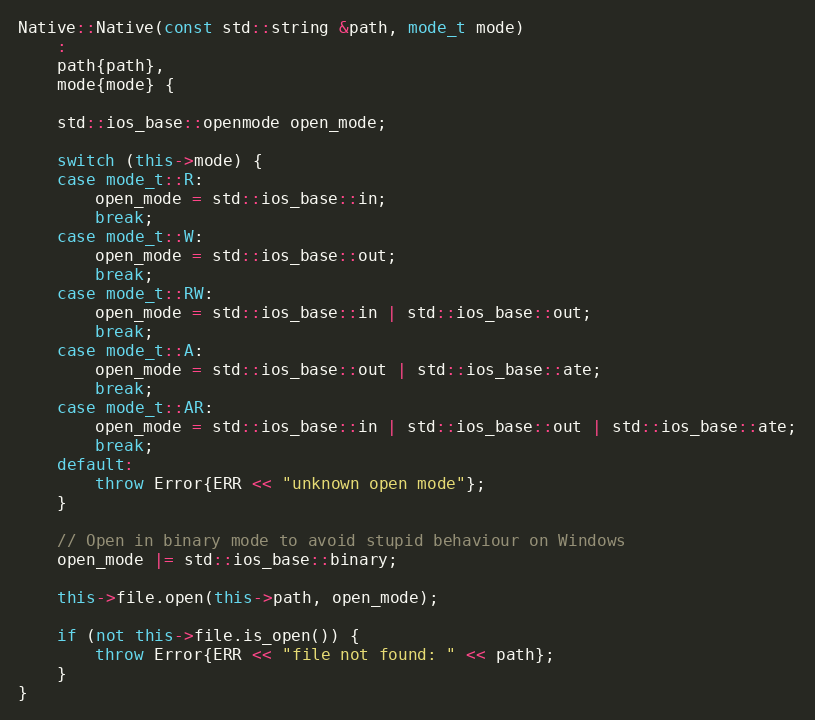
Language: C++
Native::Native(const std::string &path, mode_t mode)
	:
	path{path},
	mode{mode} {

	std::ios_base::openmode open_mode;

	switch (this->mode) {
	case mode_t::R:
		open_mode = std::ios_base::in;
		break;
	case mode_t::W:
		open_mode = std::ios_base::out;
		break;
	case mode_t::RW:
		open_mode = std::ios_base::in | std::ios_base::out;
		break;
	case mode_t::A:
		open_mode = std::ios_base::out | std::ios_base::ate;
		break;
	case mode_t::AR:
		open_mode = std::ios_base::in | std::ios_base::out | std::ios_base::ate;
		break;
	default:
		throw Error{ERR << "unknown open mode"};
	}

	// Open in binary mode to avoid stupid behaviour on Windows
	open_mode |= std::ios_base::binary;

	this->file.open(this->path, open_mode);

	if (not this->file.is_open()) {
		throw Error{ERR << "file not found: " << path};
	}
}